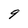
Character: 9